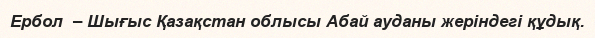
Ербол  – Шығыс Қазақстан облысы Абай ауданы жеріндегі құдық.